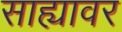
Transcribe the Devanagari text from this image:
साह्यावर